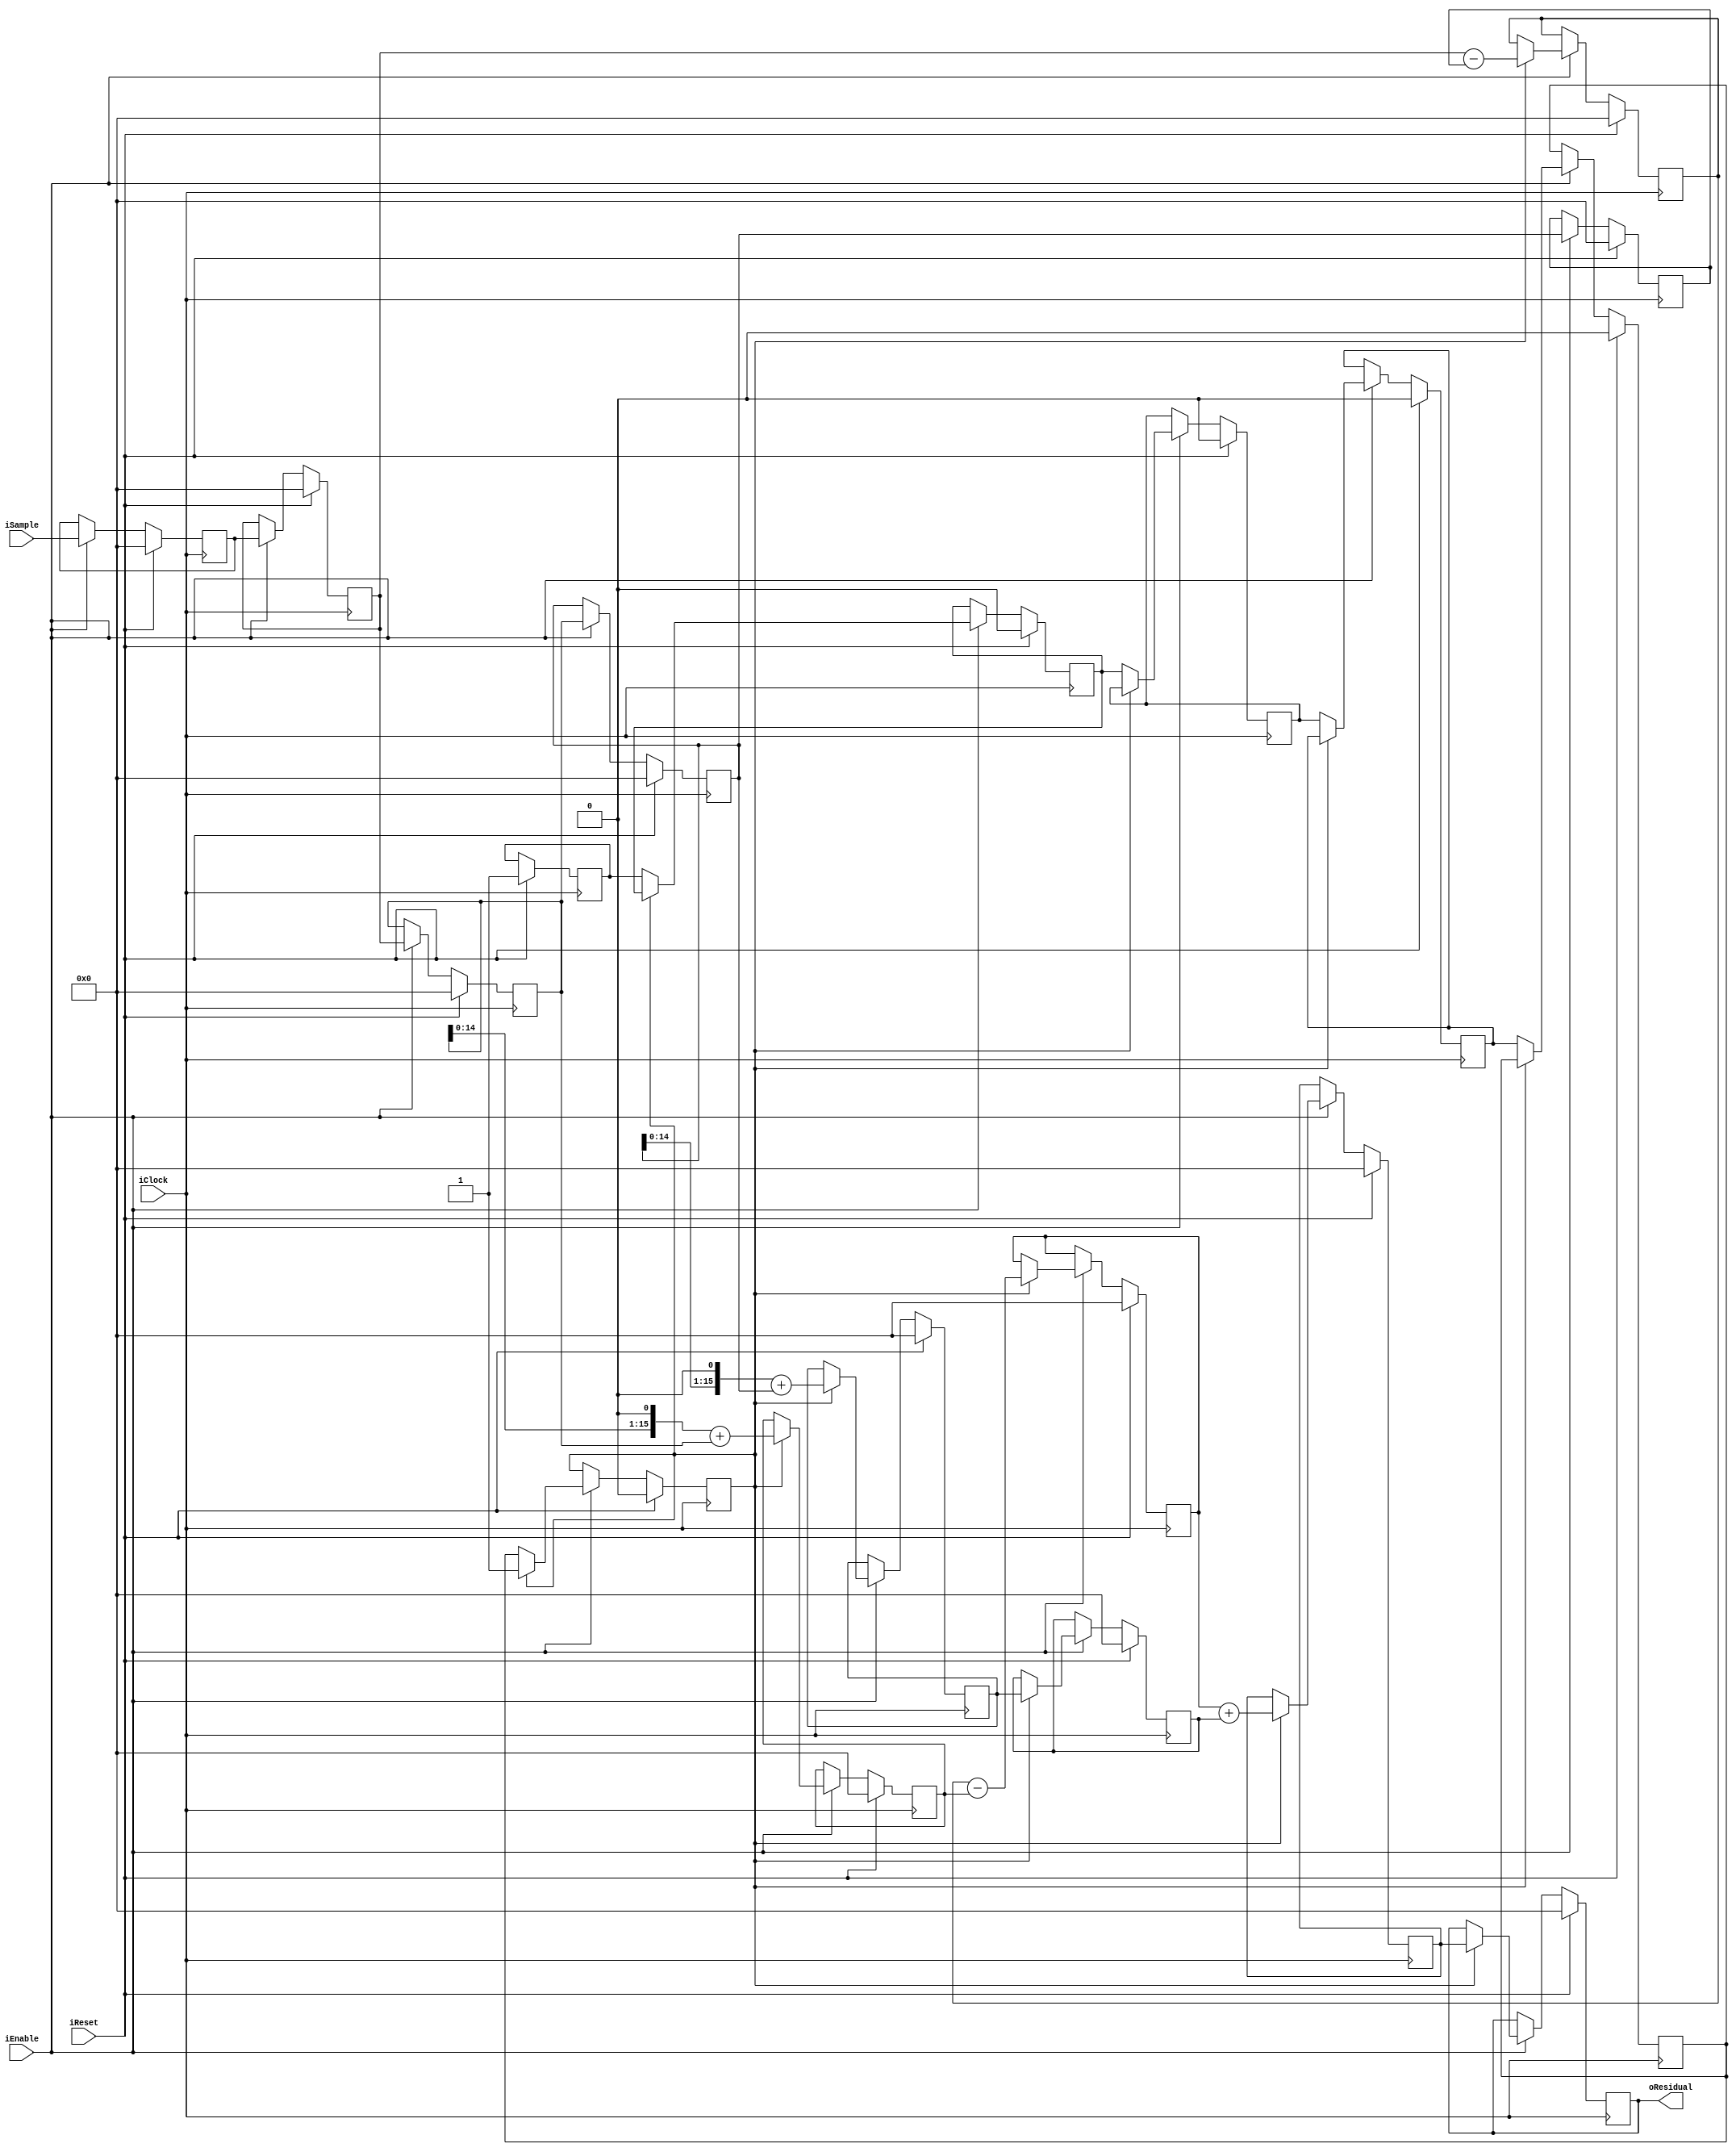
`ifndef FE3_H
`define FE3_H

module FixedEncoderOrder3 (input wire iClock, 
                           input wire iEnable,
                           input wire iReset,
                           input wire signed [15:0] iSample,
                           output wire signed [15:0] oResidual);
/* 
 * Latency is 8 cycles after enable signal
 */
 
reg signed [15:0] dataq [0:3];
reg signed [15:0] sample_r, termA, termB, termC, termCd1, termD;
reg signed [15:0] residual, residual_d1;

reg warmup;
reg warmup_d1, warmup_d2, warmup_d3, warmup_d4, warmup_d5;

integer i;

assign oResidual = residual_d1;

always @(posedge iClock)
begin
    if (iReset) begin
        sample_r <= 16'b0;
        
        warmup <= 1;
        warmup_d1 <= 0;
        warmup_d2 <= 0;
        warmup_d3 <= 0;
        warmup_d4 <= 0;
        warmup_d5 <= 0;
        
        for (i = 0; i <= 3; i = i + 1) begin
            dataq[i] <= 16'b0;
        end
        
        residual <= 16'b0;
        residual_d1 <= 16'b0;
        
        termA <= 16'b0;
        termB <= 16'b0;
        termC <= 16'b0;
        termCd1 <= 16'b0;
        termD <= 16'b0;
    end else if (iEnable) begin
        // Register the input
        sample_r <= iSample;
        
        // Shift the data queue down
        for (i = 1; i <= 3; i = i + 1) begin
            dataq[i] <= dataq[i - 1];
        end
        
        // Feed the queue
        dataq[0] <= sample_r;
        
        // Fill the queue and then wait 1 cycle
        if (!warmup_d5) begin
            warmup_d1 <= warmup;
            warmup_d2 <= warmup_d1;
            warmup_d3 <= warmup_d2;
            warmup_d4 <= warmup_d3;
            warmup_d5 <= warmup_d4;
        end else begin
            // Phase 1 of pipeline
            termA <= dataq[0] - dataq[3];
            termB <= (dataq[1] << 1) + dataq[1];
            termC <= (dataq[2] << 1) + dataq[2];
            
            // Phase 2 of pipeline
            termD <= termA - termB;
            termCd1 <= termC;
            
            // Phase 3 of pipeline
            residual <= termD + termCd1;
            
            // Delay so it is the same latency as order 4
            residual_d1 <= residual;
        end
    end
end
endmodule

// residual = data0 - 3data1 + 3data2 - data3
// termA = data0 - data3 | termB = data1 + data1 << 1 | termC = data2 + data2 << 1
// termD = termA - termB
// residual = termC + termD

`endif